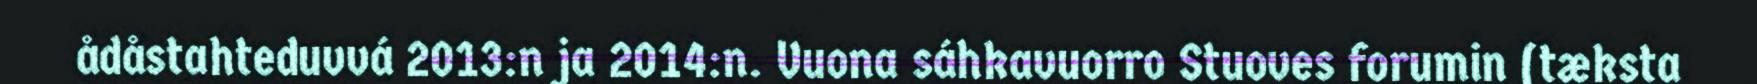
ådåstahteduvvá 2013:n ja 2014:n. Vuona sáhkavuorro Stuoves forumin (tæksta